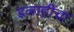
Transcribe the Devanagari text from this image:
इलाहींचा